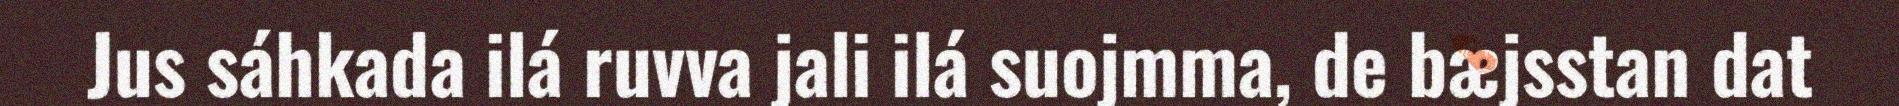
Jus sáhkada ilá ruvva jali ilá suojmma, de bæjsstan dat